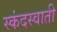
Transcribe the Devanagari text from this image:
स्कंदस्वाती